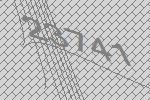
23741